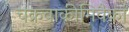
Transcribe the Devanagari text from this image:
चक्रवाकीमिवैकां